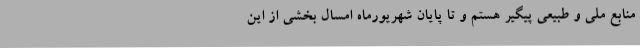
منابع ملی و طبیعی پیگیر هستم و تا پایان شهریورماه امسال بخشی از این